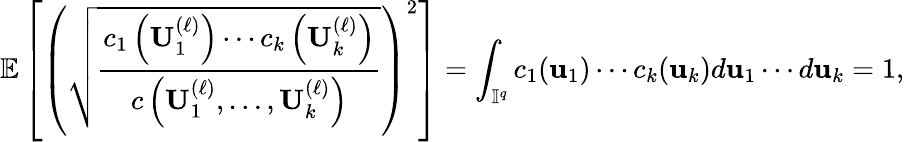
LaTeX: \mathbb{E}\left[\left(\sqrt{\frac{c_{1}\left(\mathbf{U}_{1}^{(\ell)}\right)\cdots c_{k}\left(\mathbf{U}_{k}^{(\ell)}\right)}{c\left(\mathbf{U}_{1}^{(\ell)},\dots,\mathbf{U}_{k}^{(\ell)}\right)}}\right)^{2}\right]=\int_{\mathbb{I}^{q}}c_{1}(\mathbf{u}_{1})\cdots c_{k}(\mathbf{u}_{k})d\mathbf{u}_{1}\cdots d\mathbf{u}_{k}=1,